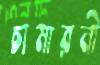
চামারনী